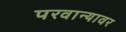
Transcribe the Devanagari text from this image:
परवान्यावर